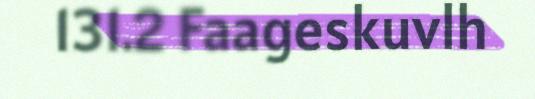
131.2 Faageskuvlh